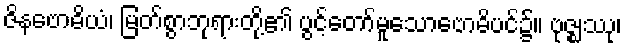
ဇိနဗောဓိယံ၊ မြတ်စွာဘုရားတို့၏ ပွင့်တော်မူသောဗောဓိပင်၌။ ဗုဇ္ဈဿု၊